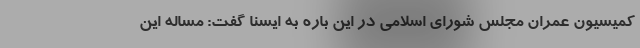
کمیسیون عمران مجلس شورای اسلامی در این باره به ایسنا گفت: مساله این